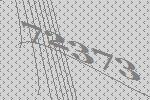
72373